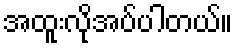
အထူးလိုအပ်ပါတယ်။